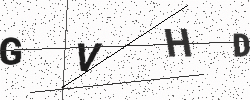
Text: GVHD